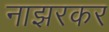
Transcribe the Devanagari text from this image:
नाझरकर